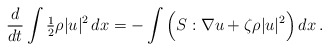
\begin{align*}\frac{d}{dt} \int \tfrac{1}{2} \rho |u|^2 \, dx = - \int \Big (S : \nabla u + \zeta \rho |u|^2\Big ) \, dx \, .\end{align*}